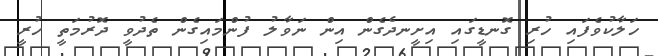
ހަލާކުވެފައި ހުރި ގޮނޑީގައި އިށީނދެގެން އިން ނަވާލު ފުންމައިގެން ތެދުވީ ދޮރުމަތީ ހުރީ